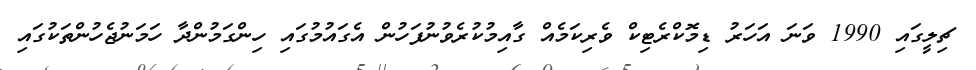
ޗިލީގައި 1990 ވަނަ އަހަރު ޑިމޮކްރެޓިކް ވެރިކަމެއް ގާއިމުކުރެވުނުފަހުން އެގައުމުގައި ހިންގަމުންދާ ހަމަނުޖެހުންތަކުގައި